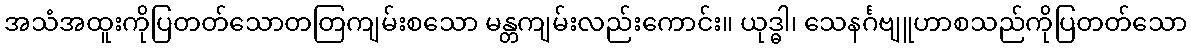
အသံအထူးကိုပြတတ်သောတတြကျမ်းစသော မန္တကျမ်းလည်းကောင်း။ ယုဒ္ဓါ၊ သေနင်္ဂဗျူဟာစသည်ကိုပြတတ်သော